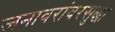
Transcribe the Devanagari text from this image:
जनावरांवरसुद्धा